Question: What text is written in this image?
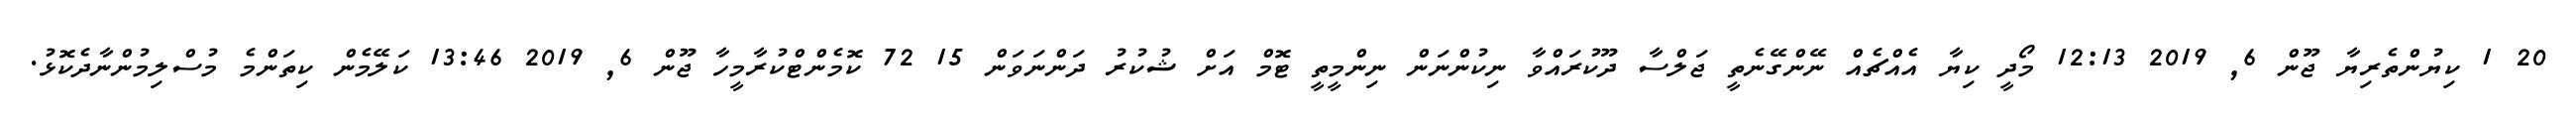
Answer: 20 1 ކިޔުންތެރިޔާ ޖޫން 6, 2019 12:13 މޯދީ ކިޔާ އެއްޗެއް ނޭންގޭނެތީ ޖަލްސާ ދޫކުރައްވާ ނިކުންނަން ނިންމީތީ ޓޮމް އަށް ޝުކުރު ދަންނަވަން 15 72 ކޮމެންޓްކުރާމީހާ ޖޫން 6, 2019 13:46 ކަލޭމެން ކިތަންމެ މުސްލިމުންނާދެކޮޅު.